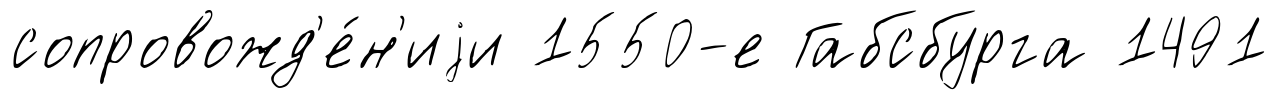
сопровожд'е́н'иjи 1550-е Габсбурга 1491